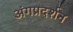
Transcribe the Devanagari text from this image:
अंगप्रदर्शन